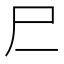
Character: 𰍰